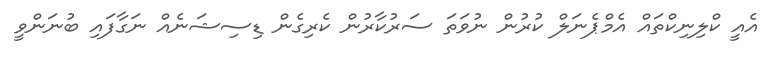
އެއީ ކްލިނިކްތައް އެމްޕެނަލް ކުރުން ނުވަތަ ސަރުކާރުން ކެރިގެން ޑިސިޝަނެއް ނަގާފައި ބުނަންވީ